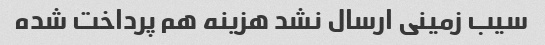
سیب زمینی ارسال نشد هزینه هم پرداخت شده